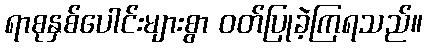
ရာစုနှစ်ပေါင်းများစွာ ဝတ်ပြုခဲ့ကြရသည်။